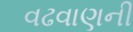
વઢવાણની